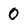
Character: 0